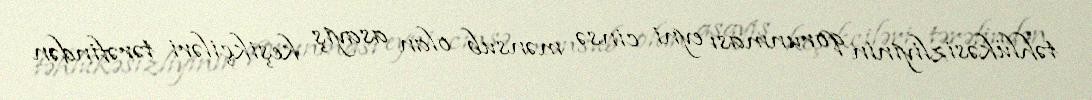
təhlükəsizliyinin qorunması eyni cinsə mənsub olan asayiş keşikçiləri tərəfindən